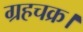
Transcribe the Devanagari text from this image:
ग्रहचक्र।